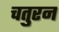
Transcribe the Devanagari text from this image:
चतुरन